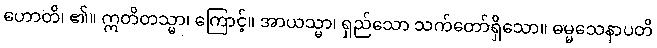
ဟောတိ၊ ၏။ ဣတိတသ္မာ၊ ကြောင့်။ အာယသ္မာ၊ ရှည်သော သက်တော်ရှိသော။ ဓမ္မသေနာပတိ